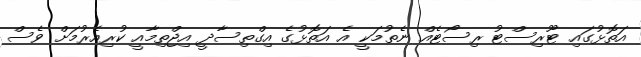
އަތޮޅުގައި ޓޫރިސްޓު ރިސޯޓެއް ނެތުމަކީ އެ އަތޮޅުގެ އިގްތިސާދީ އިޖްތިމާއީ ކުރިއެރުމަށް ވެސް